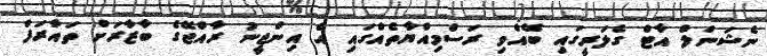
ނެޝަނަލް އާޓް ގެލަރީގައި ބޭއްވި ރަސްމިއްޔާތެއްގައި އެ އިންޖީނު ރާއްޖޭގެ ބާޒާރަށް ތައާރަފް